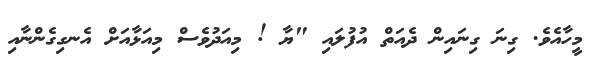
މީހާއެވެ. ގިނަ ގިނައިން ދެއަތް އުފުލައި "ޔާ ! މިއަދުވެސް މިއަޅާއަށް އެނގިގެންނާއި